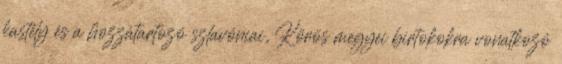
kastély és a hozzátartozó szlavóniai, Körös megyei birtokokra vonatkozó